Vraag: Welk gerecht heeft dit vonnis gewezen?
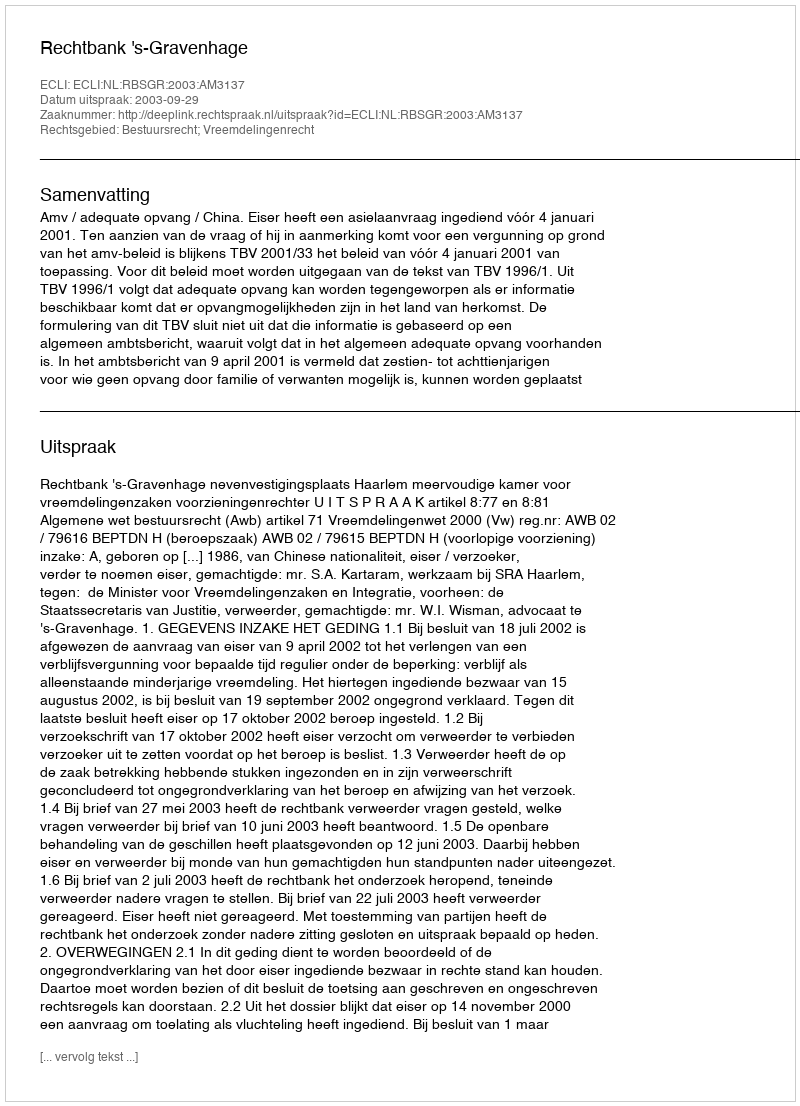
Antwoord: Rechtbank 's-Gravenhage